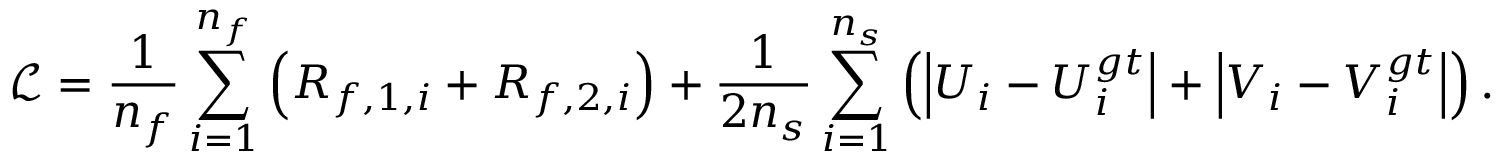
\mathcal { L } = \frac { 1 } { n _ { f } } \sum _ { i = 1 } ^ { n _ { f } } \left( R _ { f , 1 , i } + R _ { f , 2 , i } \right) + \frac { 1 } { 2 n _ { s } } \sum _ { i = 1 } ^ { n _ { s } } \left( \left| U _ { i } - U _ { i } ^ { g t } \right| + \left| V _ { i } - V _ { i } ^ { g t } \right| \right) .